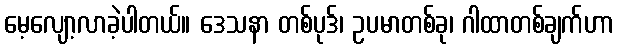
မေ့လျော့လာခဲ့ပါတယ်။ ဒေသနာ တစ်ပုဒ်၊ ဥပမာတစ်ခု၊ ဂါထာတစ်ချက်ဟာ